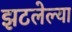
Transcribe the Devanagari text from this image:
झटलेल्या